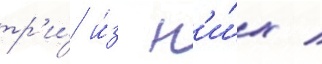
тр'и́ и́з н'и́х /